Annual administration report of the Civil Veterinary Department of India - 1903-1904
Year: 1903
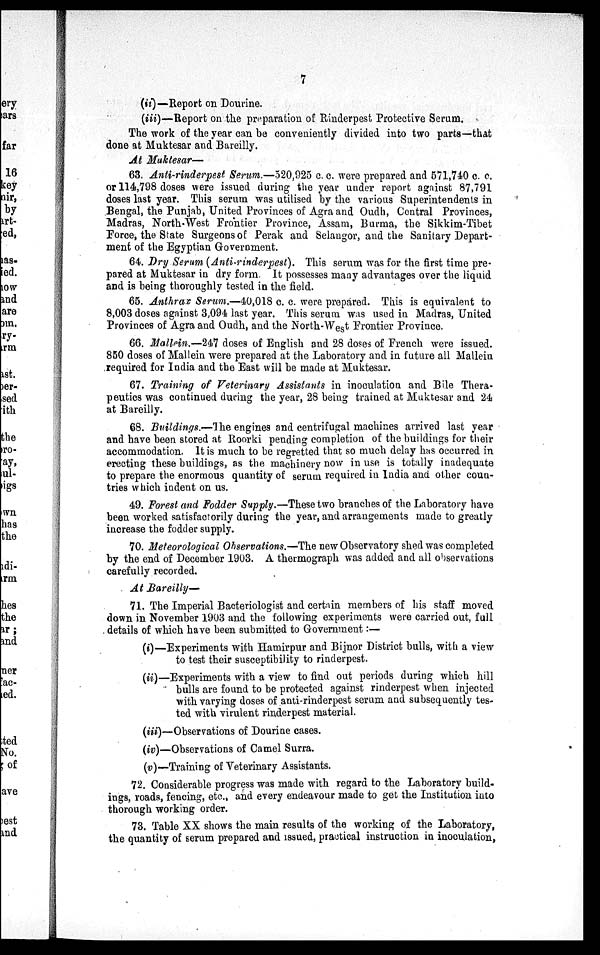
7
(it)—Report on Dourine.
(iii)—Report on the preparation of Rinderpest Protective Serum.
The work of the year can be conveniently divided into two parts—that
done at Muktesar and Bareilly.
At Muktesar—
63. Anti-rinderpest Serum.—520,925 c. c. were prepared and 571,740 c. c.
or 114,798 doses were issued during the year under report against 87,791
doses last year. This serum was utilised by the various Superintendents in
Bengal, the Punjab, United Provinces of Agra and Oudh, Central Provinces,
Madras, North-West Frontier Province, Assam, Burma, the Sikkim-Tibet
Force, the State Surgeons of Perak and Selaugor, and the Sanitary Depart-
ment of the Egyptian Government.
64. Dry Serum (Anti-rinderpest).
This serum was for the first time pre-
pared at Muktesar in dry form. It possesses many advantages over the liquid
and is being thoroughly tested in the field.
65. Anthrax Serum.—40,018 c. c. were prepared. This is equivalent to
8,003 doses against 3,094 last year. This serum was used in Madras, United
Provinces of Agra and Oudh, and the North-West Frontier Province.
66. Mallein.—247 doses of English and 28 doses of French were issued.
850 doses of Mallein were prepared at the Laboratory and in future all Mallein
required for India and the East will be made at Muktesar.
67. Training of Veterinary Assistants in inoculation and Bile Thera-
peutics was continued during the year, 28 being trained at Muktesar and 24
at Bareilly.
68. Buildings.—The engines and centrifugal machines arrived last year
and have been stored at Roorki pending completion of the buildings for their
accommodation. It is much to be regretted that so much delay has occurred in
erecting these buildings, as the machinery now in use is totally inadequate
to prepare the enormous quantity of serum required in India and other coun-
tries which indent on us.
49. Forest and Fodder Supply.—These two branches of the Laboratory have
been worked satisfactorily during the year, and arrangements made to greatly
increase the fodder supply.
70. Meteorological Observations.—The new Observatory shed was completed
by the end of December 1903. A thermograph was added and all observations
carefully recorded.
At Bareilly—
71. The Imperial Bacteriologist and certain members of his staff moved
down in November 1903 and the following experiments were carried out, full
details of which have been submitted to Government:—
(i)—Experiments with Hamirpur and Bijnor District bulls, with a view
to test their susceptibility to rinderpest.
(ii) — Experiments with a view to find out periods during which hill
bulls are found to be protected against rinderpest when injected
with varying doses of anti-rinderpest serum and subsequently tes-
ted with virulent rinderpest material.
(iii)—Observations of Dourine cases.
(iv)—Observations of Camel Surra.
(v)—Training of Veterinary Assistants.
72. Considerable progress was made with regard to the Laboratory build-
ings, roads, fencing, etc., and every endeavour made to get the Institution into
thorough working order.
73. Table XX shows the main results of the working of the Laboratory,
the quantity of serum prepared and issued, practical instruction in inoculation,